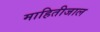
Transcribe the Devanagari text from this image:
माहितीजाल